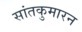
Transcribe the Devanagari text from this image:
सांतकुमारन